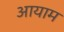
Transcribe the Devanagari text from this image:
अायाम